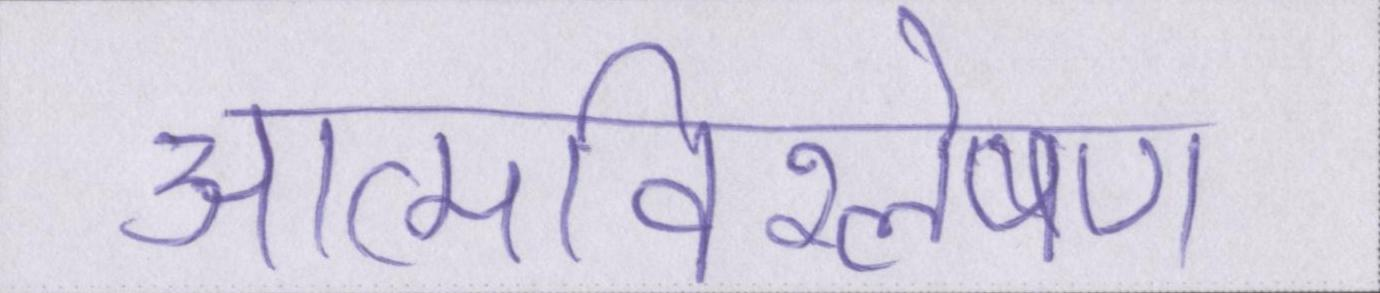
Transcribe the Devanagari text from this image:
आत्मविश्लेषण